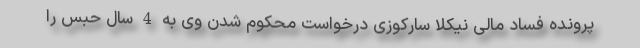
پرونده فساد مالی نیکلا سارکوزی درخواست محکوم شدن وی به 4 سال حبس را